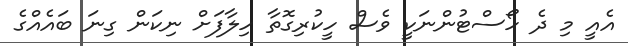
އެއީ މި ދެ ހޯސްޓުންނަކީ ވެސް ހީކުރިގޮތާ ހިލާފަށް ނިކަން ގިނަ ބައެއްގެ